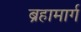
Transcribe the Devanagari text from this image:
ब्रहामार्ग